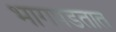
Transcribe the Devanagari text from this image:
भागपडतात